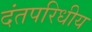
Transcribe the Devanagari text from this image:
दंतपरिधीय